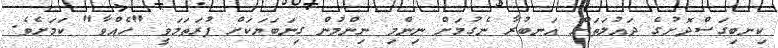
ކިނބިގަސްދޮށުގެ ދައުލަތަށް އަނބުރާ ނެގުމަށް ނިންމި ނިންމުން ގިނަބަޔަކަށް ފުރަތަމަވީ "ހެއްވާ" ކަމަށެވެ.